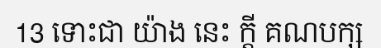
13 ទោះជា យ៉ាង នេះ ក្តី គណបក្ស